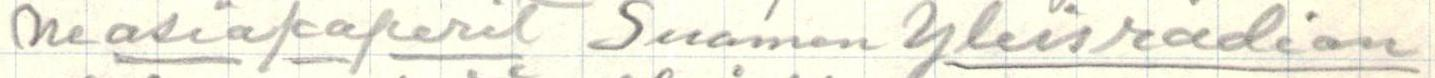
ne asiapaperit Suomen Yleisradion